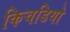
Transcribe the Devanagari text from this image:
किचडियो